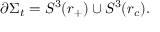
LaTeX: \partial \Sigma _ { t } = S ^ { 3 } ( r _ { + } ) \cup S ^ { 3 } ( r _ { c } ) .